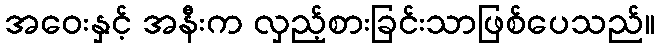
အဝေးနှင့် အနီးက လှည့်စားခြင်းသာဖြစ်ပေသည်။